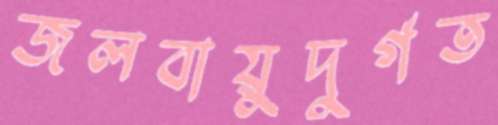
জলবায়ুদুর্গত